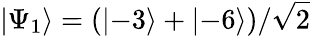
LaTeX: \left\lvert\Psi_{1}\right\rangle=(\left\lvert-3\right\rangle+\left\lvert-6\right\rangle)/\sqrt{2}